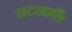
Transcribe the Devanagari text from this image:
घटनाएँ।